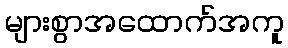
များစွာအထောက်အကူ